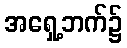
အရှေ့ဘက်၌